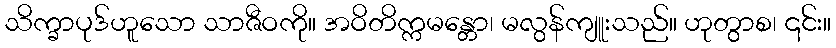
သိက္ခာပုဒ်ဟူသော သာဇီဝကို။ အဝိတိက္ကမန္တော၊ မလွန်ကျူးသည်။ ဟုတွာစ၊ ၎င်း။